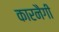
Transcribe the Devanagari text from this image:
कारनैगी